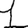
Digit: 1